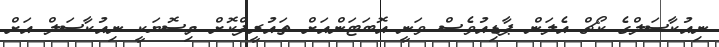
ނިއުކާސަލްގެ ކޯޗް އެލަން ޕާޑިއުވެސް ވަނީ އޮބަޓަންއަށް ތައުރީފްކޮށް މިސޮޔަކީ ނިއުކާސަލް އަށް